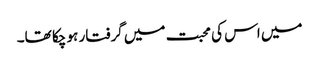
میں اس کی محبت میں گرفتار ہو چکا تھا۔